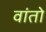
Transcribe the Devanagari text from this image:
वांतो